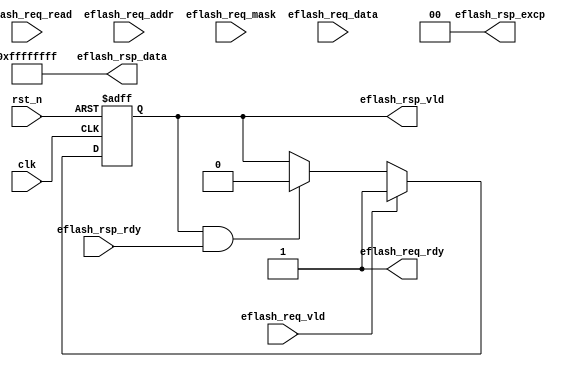
module uv_eflash
#(
    parameter ALEN                  = 32,
    parameter DLEN                  = 32,
    parameter MLEN                  = DLEN / 8,
    parameter EFLASH_AW             = 18,
    parameter EFLASH_DP             = 2**EFLASH_AW
)
(
    input                           clk,
    input                           rst_n,

    input                           eflash_req_vld,
    output                          eflash_req_rdy,
    input                           eflash_req_read,
    input  [ALEN-1:0]               eflash_req_addr,
    input  [MLEN-1:0]               eflash_req_mask,
    input  [DLEN-1:0]               eflash_req_data,

    output                          eflash_rsp_vld,
    input                           eflash_rsp_rdy,
    output [1:0]                    eflash_rsp_excp,
    output [DLEN-1:0]               eflash_rsp_data
);

    localparam UDLY = 1;
    localparam OFFSET_AW = $clog2(DLEN / 8);

    reg                             rsp_vld_r; 

    assign eflash_req_rdy           = 1'b1;
    assign eflash_rsp_vld           = rsp_vld_r;
    assign eflash_rsp_excp          = 2'b0;
    assign eflash_rsp_data          = {DLEN{1'b1}};

    always @(posedge clk or negedge rst_n) begin
        if (~rst_n) begin
            rsp_vld_r <= 1'b0;
        end
        else begin
            if (eflash_req_vld & eflash_req_rdy) begin
                rsp_vld_r <= #UDLY 1'b1;
            end
            else if (eflash_rsp_vld & eflash_rsp_rdy) begin
                rsp_vld_r <= #UDLY 1'b0;
            end
        end
    end

endmodule